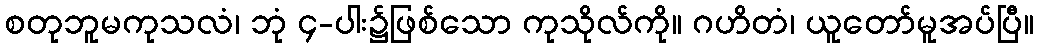
စတုဘူမကုသလံ၊ ဘုံ ၄-ပါး၌ဖြစ်သော ကုသိုလ်ကို။ ဂဟိတံ၊ ယူတော်မူအပ်ပြီ။